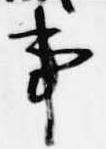
事